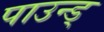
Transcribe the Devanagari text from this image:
पाउन्ड्